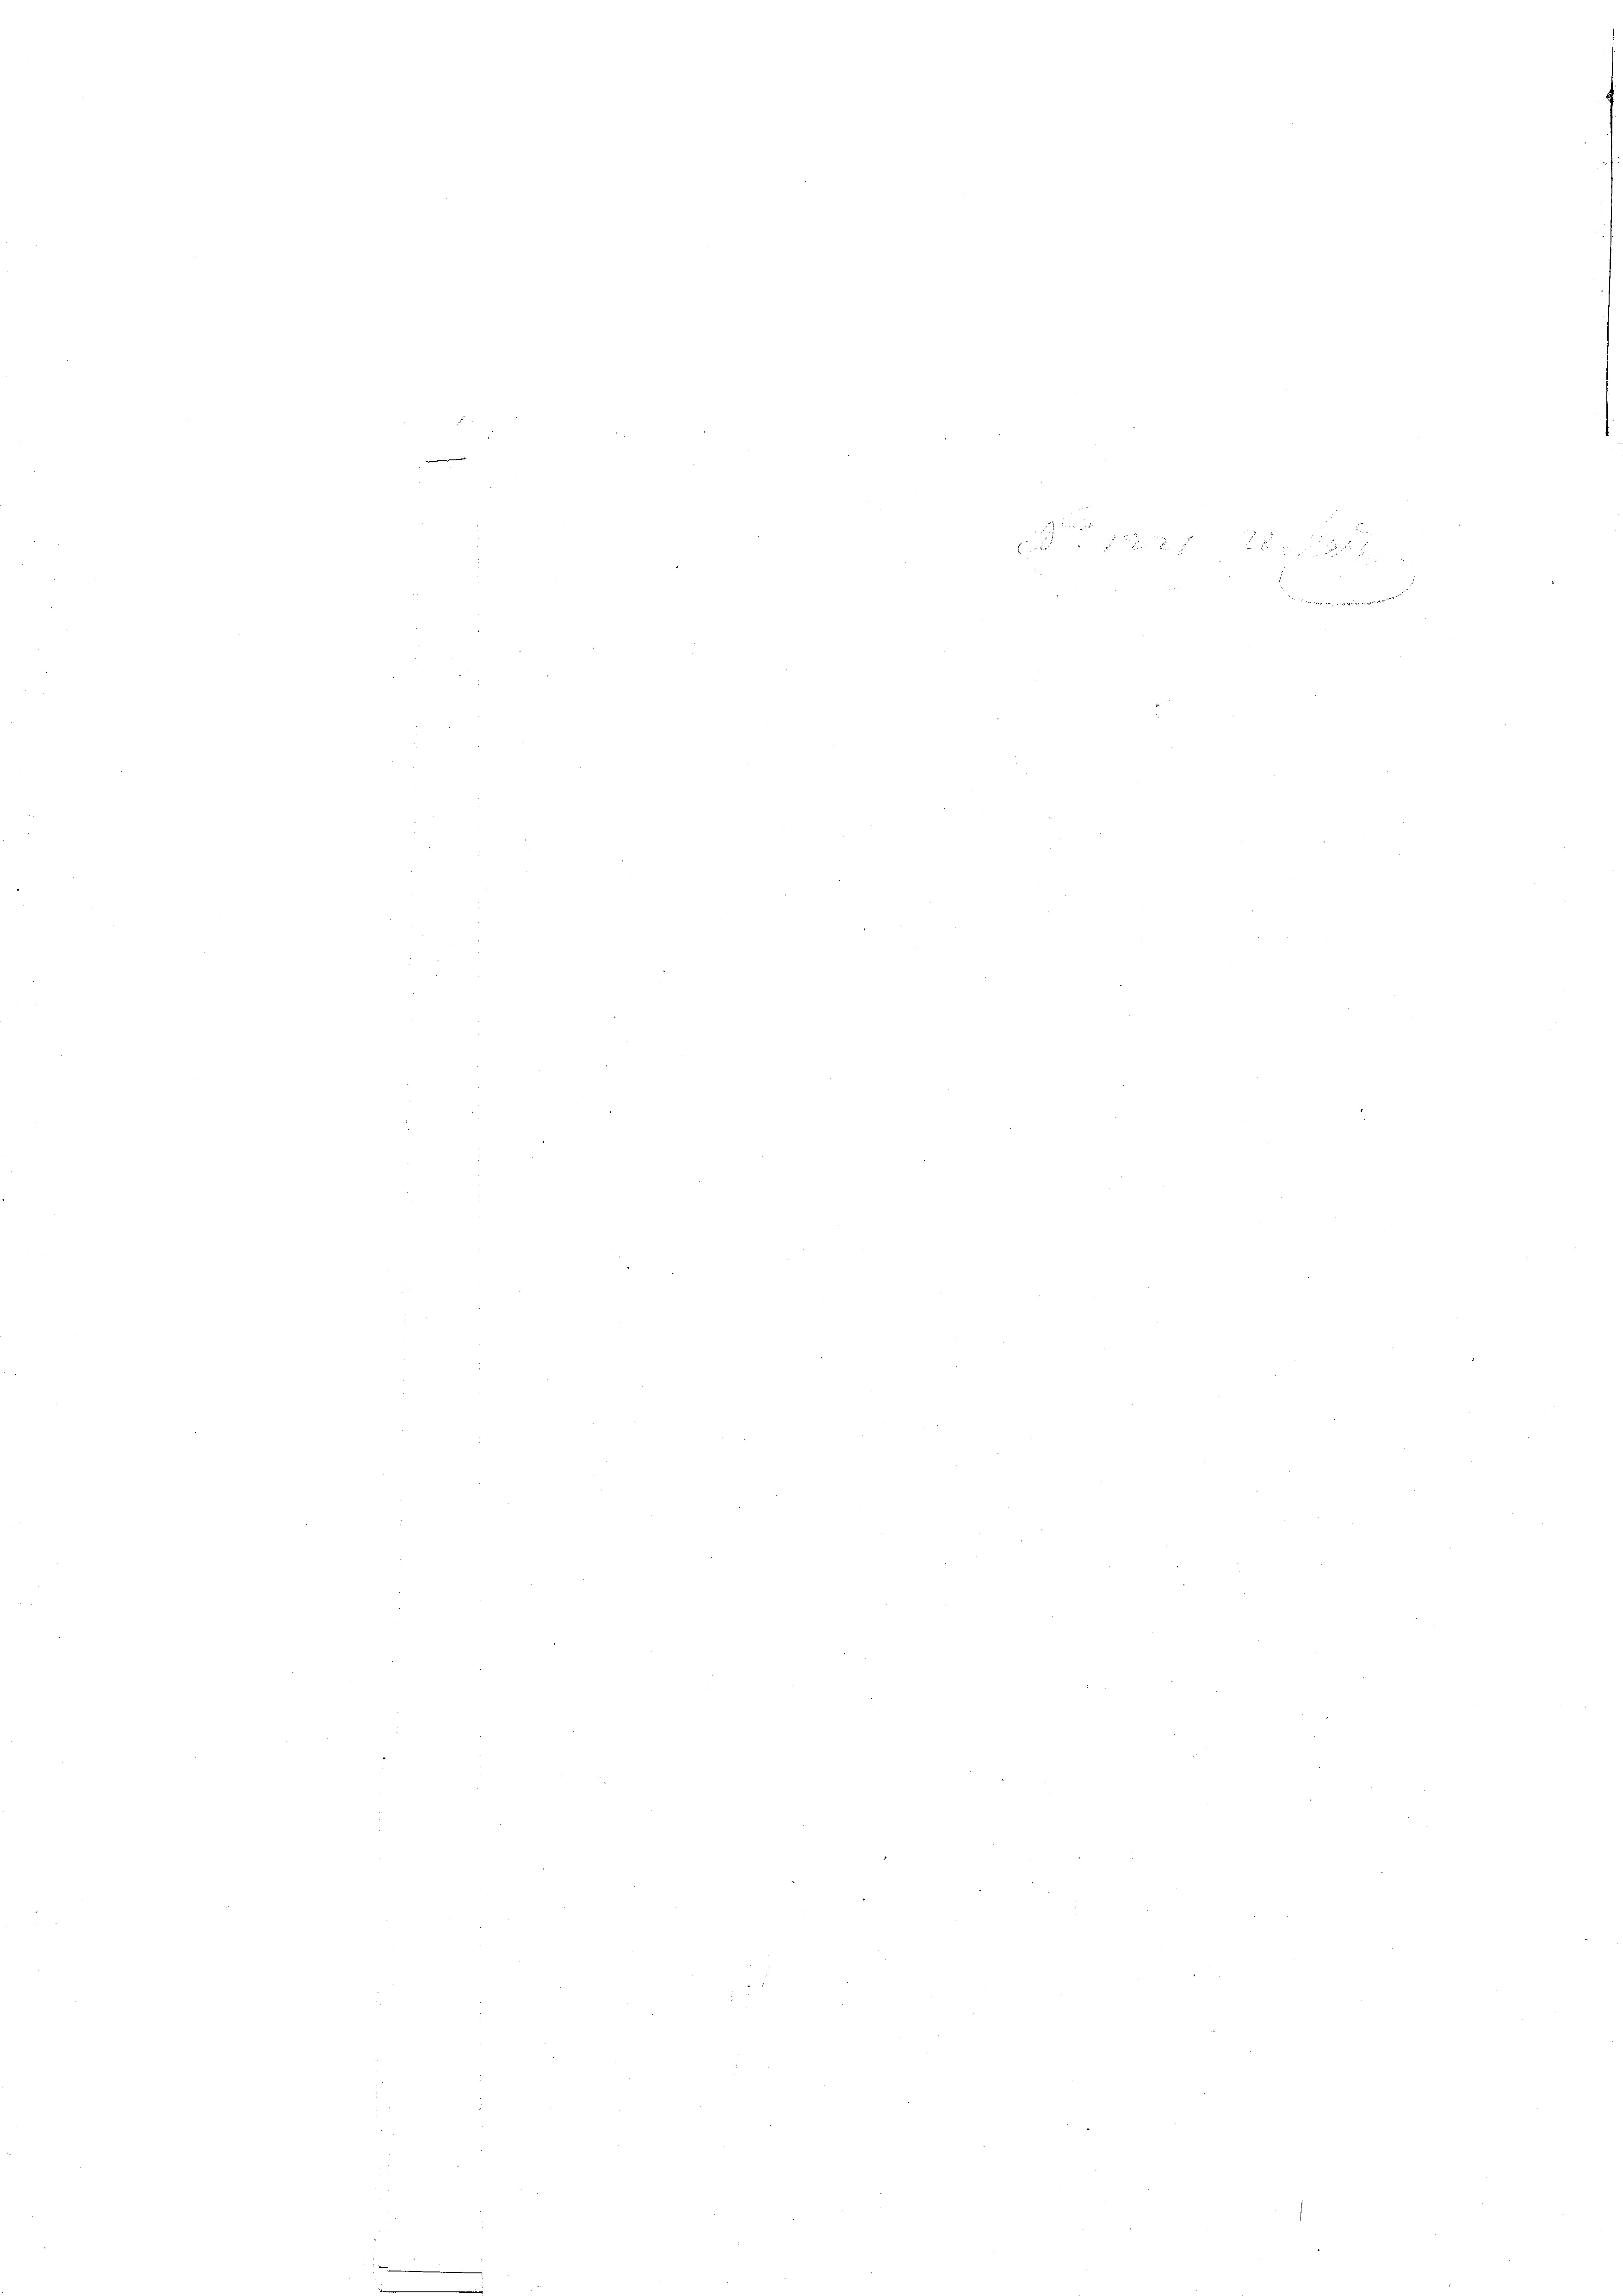
.